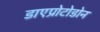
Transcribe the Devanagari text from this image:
डाएप्रोटोडोन